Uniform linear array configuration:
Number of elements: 32
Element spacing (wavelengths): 1
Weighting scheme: hann
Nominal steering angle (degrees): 45
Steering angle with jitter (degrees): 46.537
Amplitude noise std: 0.05
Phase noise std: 0.05

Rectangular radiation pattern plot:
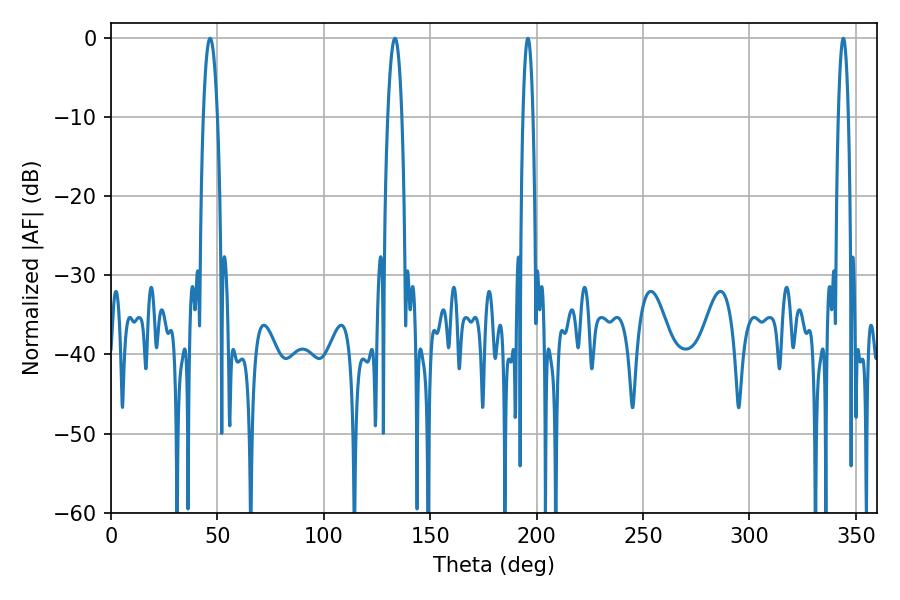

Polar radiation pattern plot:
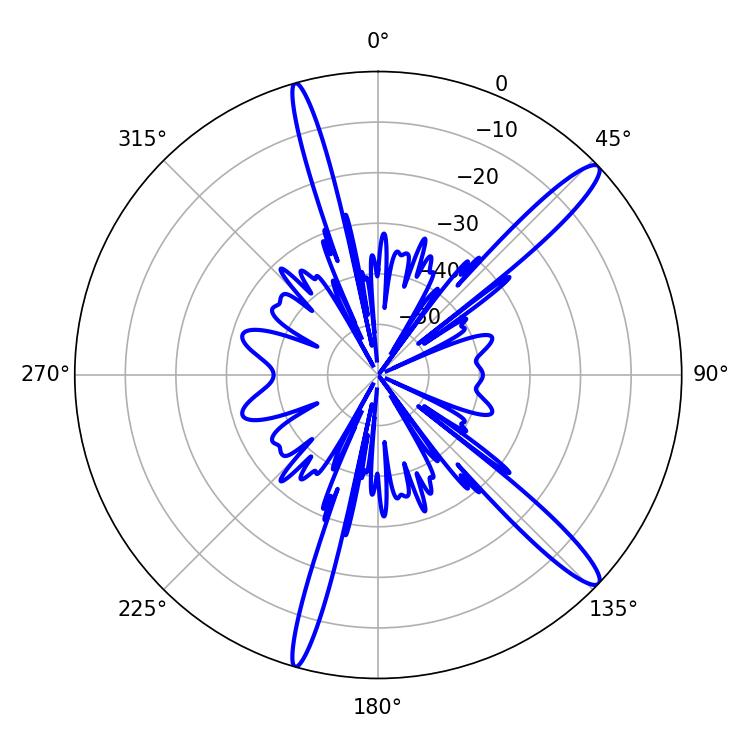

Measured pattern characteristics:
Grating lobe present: TRUE
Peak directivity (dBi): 14.338
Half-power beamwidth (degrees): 3.6
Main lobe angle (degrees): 46.62